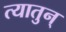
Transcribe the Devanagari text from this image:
त्यातुन्